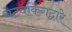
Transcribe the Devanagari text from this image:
नेटवर्किंगद्वारे